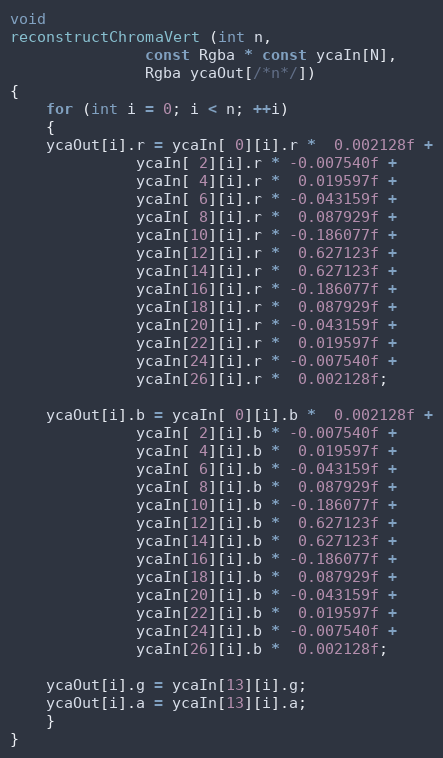
Language: C++
void
reconstructChromaVert (int n,
		       const Rgba * const ycaIn[N],
		       Rgba ycaOut[/*n*/])
{
    for (int i = 0; i < n; ++i)
    {
	ycaOut[i].r = ycaIn[ 0][i].r *  0.002128f +
		      ycaIn[ 2][i].r * -0.007540f +
		      ycaIn[ 4][i].r *  0.019597f +
		      ycaIn[ 6][i].r * -0.043159f +
		      ycaIn[ 8][i].r *  0.087929f +
		      ycaIn[10][i].r * -0.186077f +
		      ycaIn[12][i].r *  0.627123f +
		      ycaIn[14][i].r *  0.627123f +
		      ycaIn[16][i].r * -0.186077f +
		      ycaIn[18][i].r *  0.087929f +
		      ycaIn[20][i].r * -0.043159f +
		      ycaIn[22][i].r *  0.019597f +
		      ycaIn[24][i].r * -0.007540f +
		      ycaIn[26][i].r *  0.002128f;

	ycaOut[i].b = ycaIn[ 0][i].b *  0.002128f +
		      ycaIn[ 2][i].b * -0.007540f +
		      ycaIn[ 4][i].b *  0.019597f +
		      ycaIn[ 6][i].b * -0.043159f +
		      ycaIn[ 8][i].b *  0.087929f +
		      ycaIn[10][i].b * -0.186077f +
		      ycaIn[12][i].b *  0.627123f +
		      ycaIn[14][i].b *  0.627123f +
		      ycaIn[16][i].b * -0.186077f +
		      ycaIn[18][i].b *  0.087929f +
		      ycaIn[20][i].b * -0.043159f +
		      ycaIn[22][i].b *  0.019597f +
		      ycaIn[24][i].b * -0.007540f +
		      ycaIn[26][i].b *  0.002128f;

	ycaOut[i].g = ycaIn[13][i].g;
	ycaOut[i].a = ycaIn[13][i].a;
    }
}